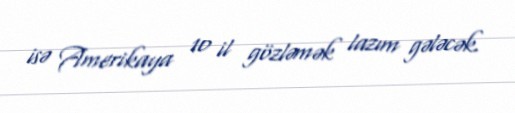
isə Amerikaya 10 il gözləmək lazım gələcək.